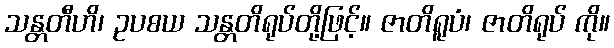
သန္တတီဟိ၊ ဥပစယ သန္တတိရုပ်တို့ဖြင့်။ ဇာတိရူပံ၊ ဇာတိရုပ် ကို။